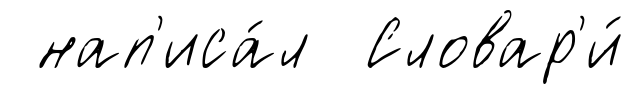
нап'иса́л Словар'и́